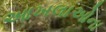
આખલાઓના